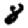
Digit: 8